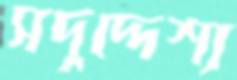
সদুদ্দেশ্য